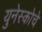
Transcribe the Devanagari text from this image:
युनेस्‍कोचे